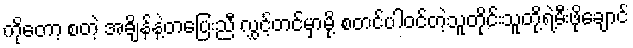
ကိုတော့ စတဲ့ အချိန်နဲ့တပြေးညီ လွှင့်တင်မှာမို့ စတင်ပါ၀င်တဲ့သူတိုင်းသူတို့ရဲ့မီးဖိုချောင်